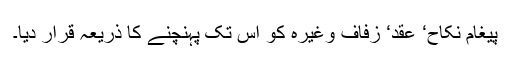
پیغام نکاح‘ عقد‘ زفاف وغیرہ کو اس تک پہنچنے کا ذریعہ قرار دیا۔